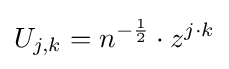
U_{j,k}=n^{-{\frac {1}{2}}}\cdot z^{j\cdot k}